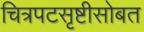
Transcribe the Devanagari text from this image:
चित्रपटसृष्टीसोबत